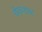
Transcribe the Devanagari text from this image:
चेकशब्द